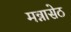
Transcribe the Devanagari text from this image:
मन्नासेठ